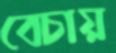
বেচায়